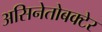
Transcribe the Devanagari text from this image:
असिनेतोबक्टेर